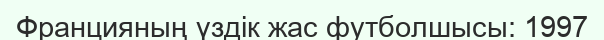
Францияның үздік жас футболшысы: 1997